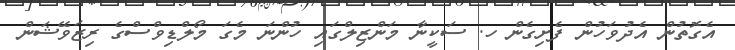
އެގޮތުން އެދުވަހުން ފެށިގެން ހ. ސަކީނާ މަންޒިލްގައި ހުންނަ މެގަ މޯލްޑިވްސްގެ ރިޒަވޭޝަން